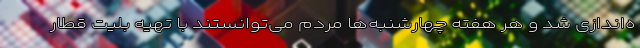
ه‌اندازی شد و هر هفته چهارشنبه‌ها مردم می‌توانستند با تهیه بلیت قطار